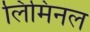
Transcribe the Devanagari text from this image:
लिमिनल